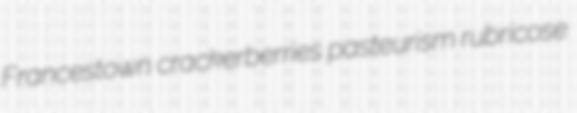
Francestown crackerberries pasteurism rubricose